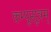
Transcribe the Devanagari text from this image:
कम्पूसूत्रम्